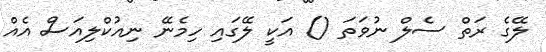
ލޭގެ ރަތް ސެލް ނުވަތަ () އަކީ ލޭގައި ހިމެނޭ ނިއުކްލިއަސް އެއް